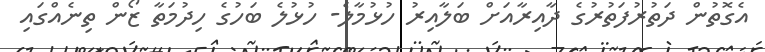
އެގޮތުން ދަތުރުފަތުރުގެ ދާއިރާއަށް ބަލާއިރު ހުޅުމާލެ- ހުޅުލެ ބަހުގެ ހިދުމަތާ ޒޯން ތިނެއްގައި